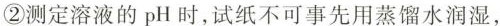
②测定溶液的pH时，试纸不可事先用蒸馏水润湿，